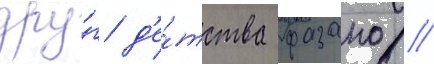
дру́г д'е́тства фазано //